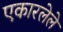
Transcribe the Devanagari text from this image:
एकारलेले